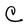
Character: C